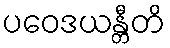
ပဝေဒယန္တီတိ